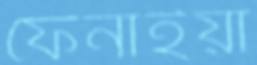
ফেনাইয়া